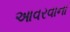
આવરવાના